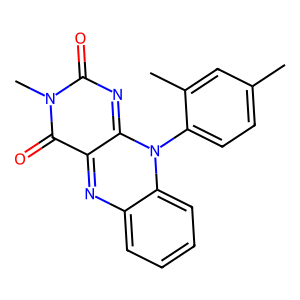
SMILES: Cc1ccc(-n2c3nc(=O)n(C)c(=O)c-3nc3ccccc32)c(C)c1
Inhibits HIV replication: No